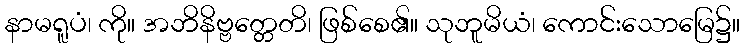
နာမရူပံ၊ ကို။ အဘိနိဗ္ဗတ္တေတိ၊ ဖြစ်စေ၏။ သုဘူမိယံ၊ ကောင်းသောမြေ၌။